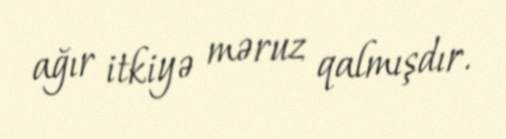
ağır itkiyə məruz qalmışdır.